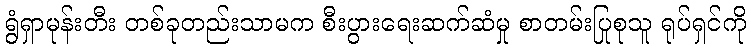
ရွံရှာမုန်းတီး တစ်ခုတည်းသာမက စီးပွားရေးဆက်ဆံမှု စာတမ်းပြုစုသူ ရုပ်ရှင်ကို